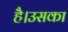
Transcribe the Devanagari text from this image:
है।उसका